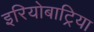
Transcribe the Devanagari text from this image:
इरियोबाट्रिया